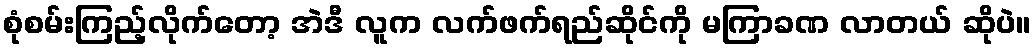
စုံစမ်းကြည့်လိုက်တော့ အဲဒီ လူက လက်ဖက်ရည်ဆိုင်ကို မကြာခဏ လာတယ် ဆိုပဲ။